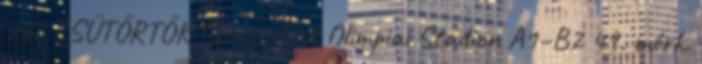
28., CSÜTÖRTÖK Szocsi, Fist Olimpiai Stadion A1–B2 49. mérk.